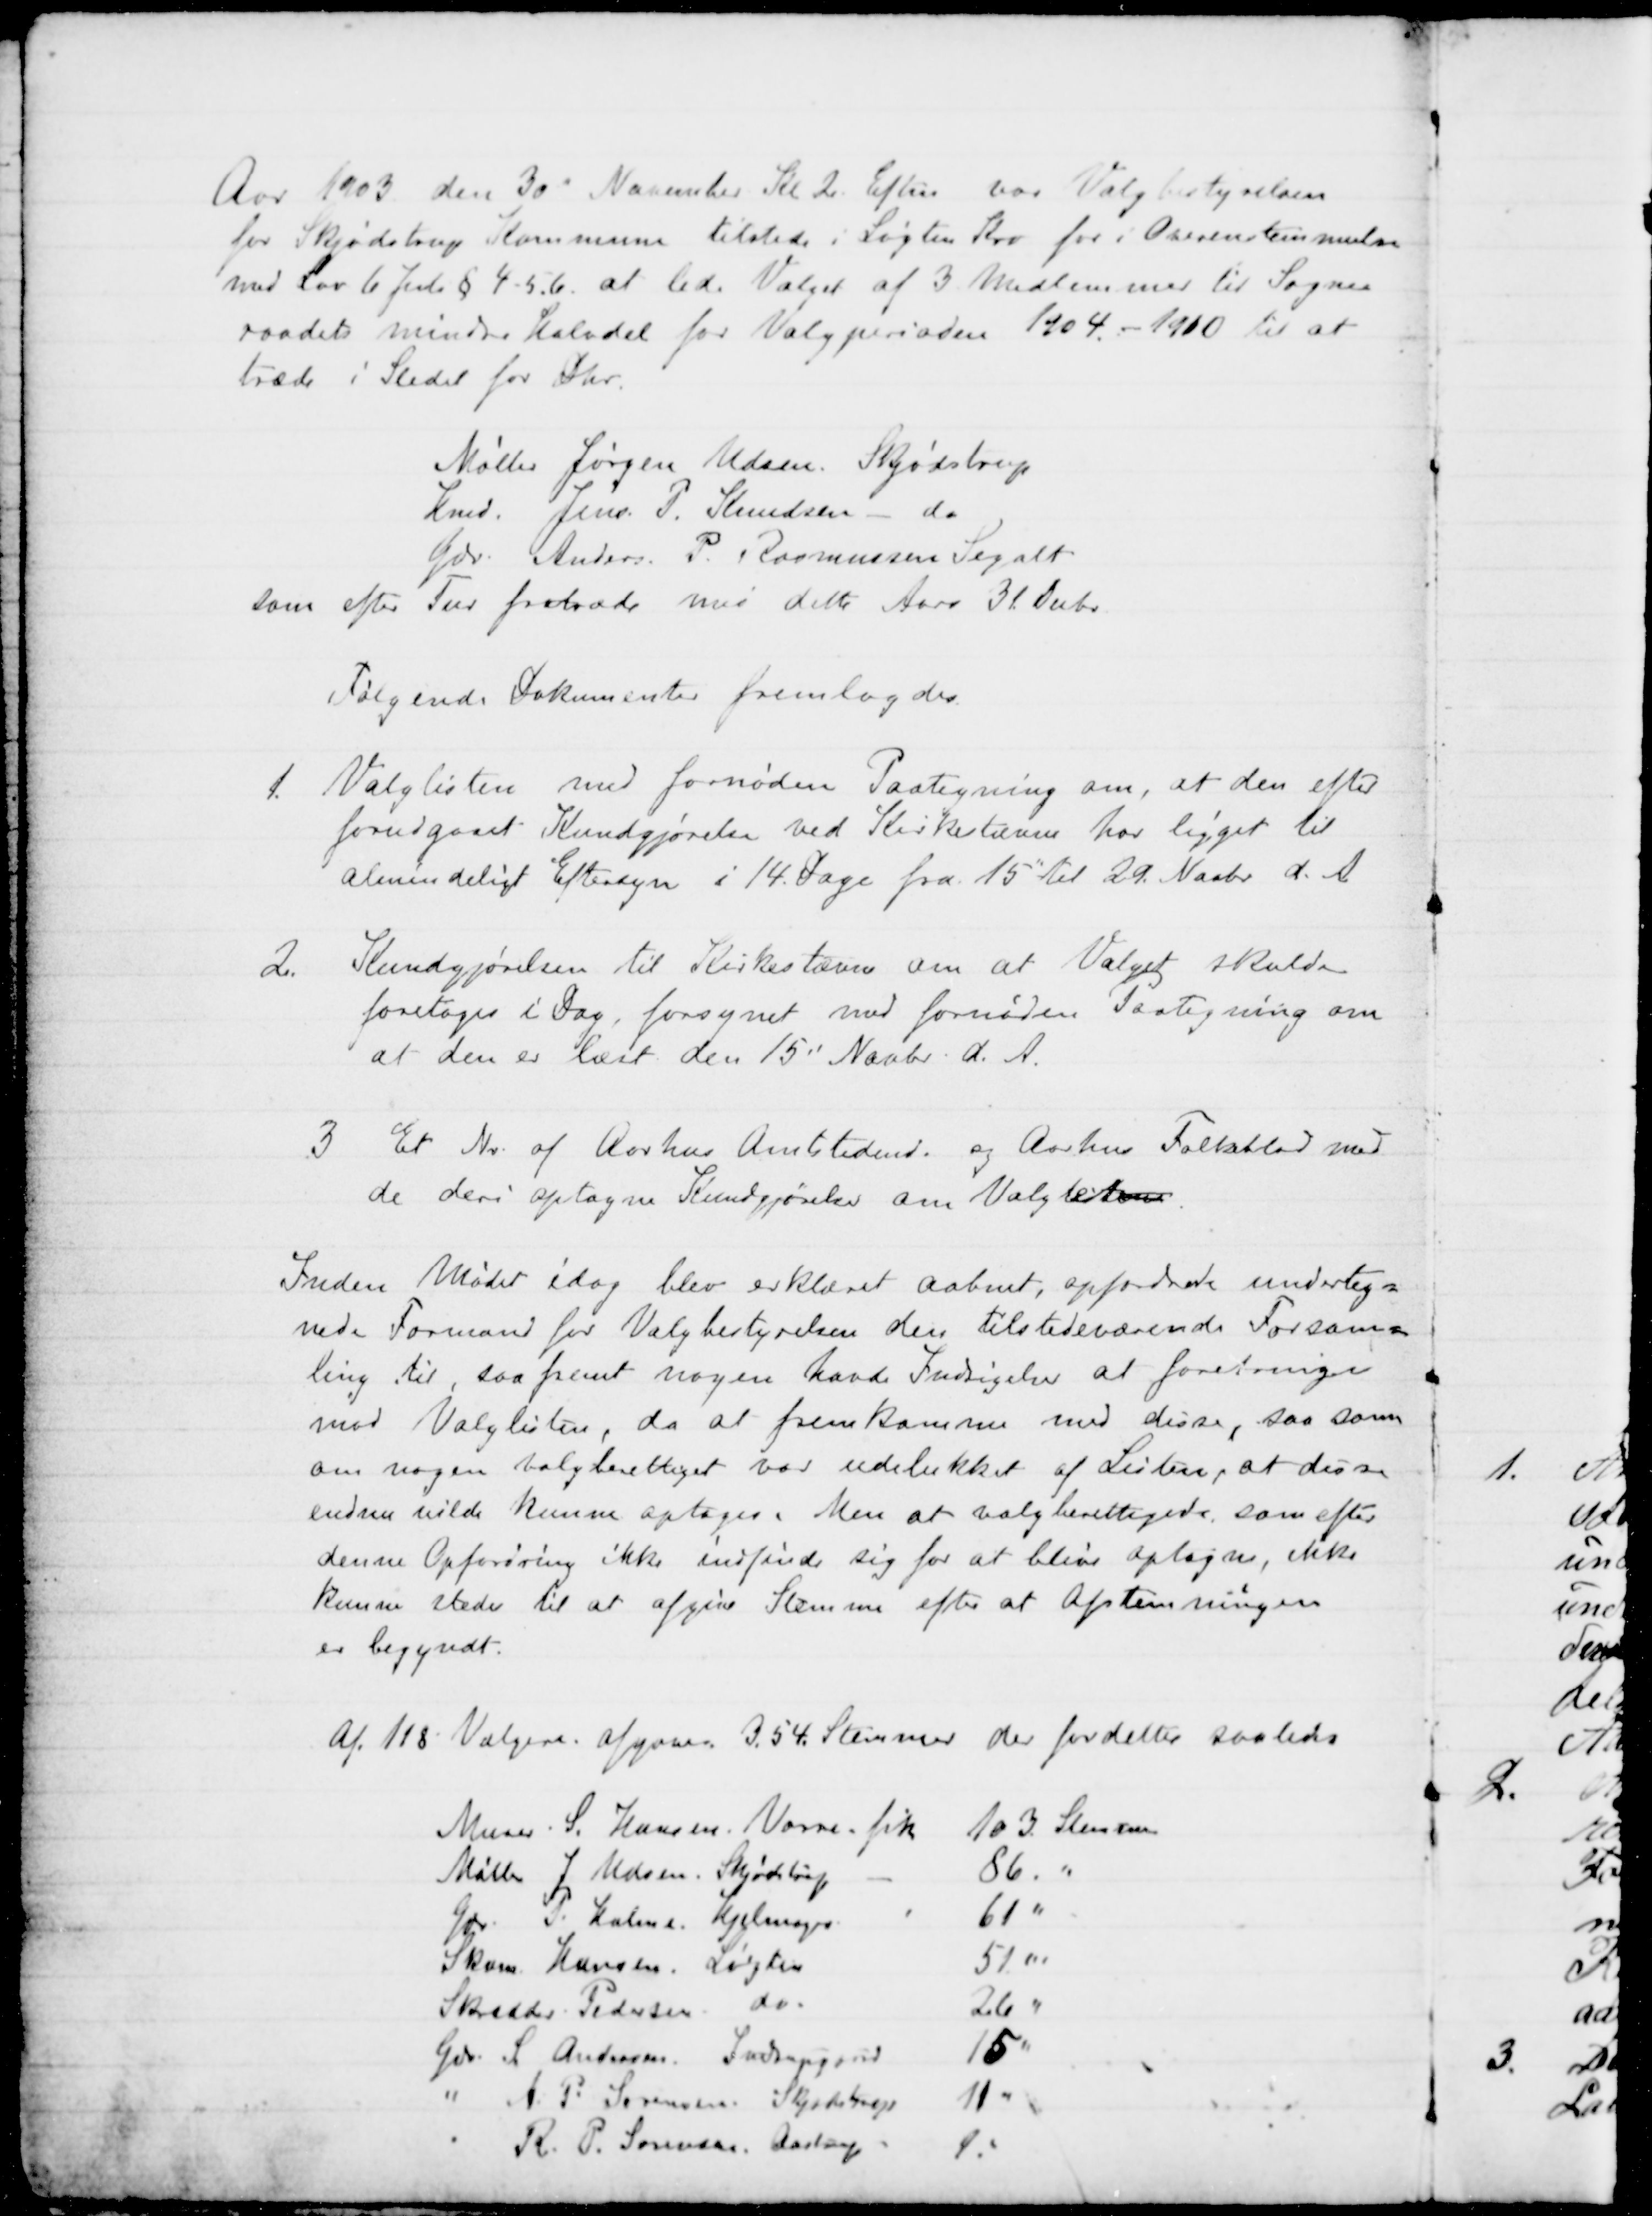
Transskription:
Aar 1903 den 30" November Kl 2. Eftm var Valgbestyrelsen
for Skjødstrup Kommune tilstede i Løgten Kro for i Overenstemmelse
med Lov 6 Juli § 4-5. 6. at lede Valget af 3 Medlemmer til Sogne-
raadets mindre Halvdel for Valgperioden 1904 - 1910 til at
træde i Stedet for Dhr.
Møller Jørgen Udsen, Skødstrup
Hmd. Jens P. Knudsen - do
Gdr. Anders P. Rasmussen Segalt
som efter Tur fratræde med dette Aars 31 Decbr.
Følgende Dokumenter fremlagdes.
1. Valglisten med fornøden Paategning om, at den efter
forudgaaet Kundgjørelse ved Kirkestævne har ligget til
almindeligt Eftersyn i 14 Dage fra 15" til 29. Novbr. d. A.
2.
Kundgjørelsen til Kirkestævne om at Valget skulde
foretages i Dag, forsynet med fornøden Paategning om
at den er læst den 15" Novbr. d. A.
3. Et Nr. af Aarhus Amtstidende og Aarhus Folkeblad med
de deri optagne Kundgjørelse om Valgetlisten.
Inden Mødet idag blev erklæret aabnet, opfordrede underteg=
nede Formand for Valgbestyrelsen den tilstedeværende Forsam=
ling til, saa fremt nogen havde Indsigelser at forebringe
mod Valglisten, da at fremkomme med disse, saa som
om nogen valgberettiget var udelukket af Listen, at disse
endnu vilde kunne optages. Men at valgberettigede, som efter
denne Opfordring ikke indfinde sig for at blive optagne, ikke
kunne stede til at afgive Stemme efter at Afstemningen
er begyndt.
Af 118 Vælgere. afgaves 3.54. Stemmer der fordeltes saaledes
Murer. S. Hansen, Vorre fik 103. Stemmer
Møller J. Udsen. Skjødstrup
86. 
Gdr. P. Holme Hjelmager
61
Skom. Hansen, Løgten
51
Skrædder Pedersen do.
26 
Gdr. L. Andersen. Indrupgaard
15
A. P. Sørensen Skjødstrup 11
R. P. Sørensen, Aastrup. 1.